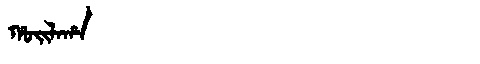
Manchu: ᡥᠣᡳᠯᠠᡥᠠ
Romanization: HOILAHA